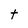
Character: t